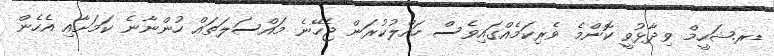
ޑރ.ޝަހީމް ވިދާޅުވީ ކޮންމެ ވެރިކަމެއްގައިވެސް ހައްލުކުރަން ޖެހޭނެ މައްސަލަތައް ހުންނާނެ ކަމަށާއި އެހެން